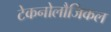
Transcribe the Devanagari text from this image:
टेकनोलौजिकल